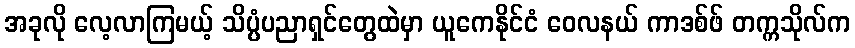
အခုလို လေ့လာကြမယ့် သိပ္ပံပညာရှင်တွေထဲမှာ ယူကေနိုင်ငံ ဝေလနယ် ကာဒစ်ဖ် တက္ကသိုလ်က